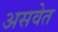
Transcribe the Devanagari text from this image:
असवेत